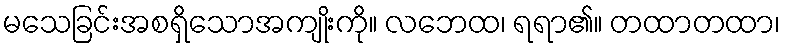
မသေခြင်းအစရှိသောအကျိုးကို။ လဘေထ၊ ရရာ၏။ တထာတထာ၊